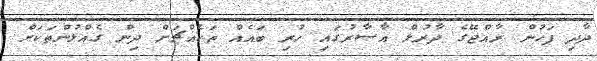
ދާދި ފަހުން ރާއްޖޭގެ ދާރުލް އާސާރުގައި ހުރި ބައެއް ތަކެއްޗަށް ދިން ގެއްލުންތަކަށް